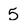
Character: 5